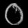
Digit: ၀